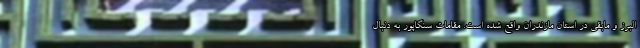
البرز و مابقی در استان مازندران واقع شده است. مقامات سنگاپور به دنبال